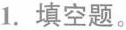
1.填空题。